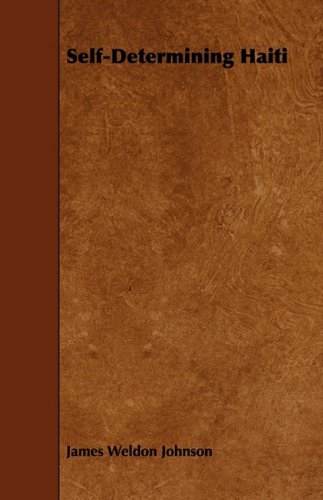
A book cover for Self-Determining Haiti; James Weldon Johnson; Travel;